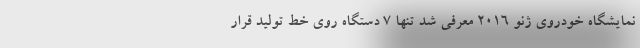
نمایشگاه خودروی ژنو 2016 معرفی شد تنها 7 دستگاه روی خط تولید قرار